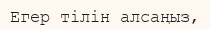
Егер тілін алсаңыз,